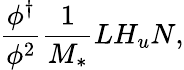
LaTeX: \frac{\phi^{\dagger}}{\phi^{2}}\frac{1}{M_{*}}LH_{u}N,